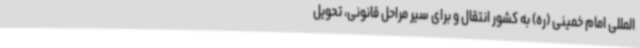
المللی امام خمینی (ره) به کشور انتقال و برای سیر مراحل قانونی، تحویل